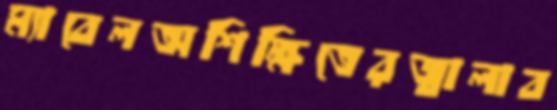
ম্যাবেলঅশিক্ষিতেরজ্বালাব